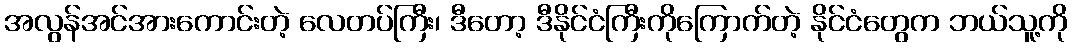
အလွန်အင်အားကောင်းတဲ့ လေတပ်ကြီး၊ ဒီတော့ ဒီနိုင်ငံကြီးကိုကြောက်တဲ့ နိုင်ငံတွေက ဘယ်သူ့ကို